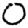
Digit: 0